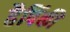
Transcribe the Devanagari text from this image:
हैपिंकी